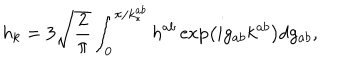
LaTeX: h _ { k } = 3 \sqrt { \frac { 2 } { \pi } } \int _ { 0 } ^ { \pi / k _ { * } ^ { a b } } h ^ { a b } \exp \left( i g _ { a b } k ^ { a b } \right) d g _ { a b } ,